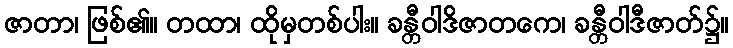
ဇာတာ၊ ဖြစ်၏။ တထာ၊ ထိုမှတစ်ပါး။ ခန္တီဝါဒိဇာတကေ၊ ခန္တီဝါဒီဇာတ်၌။